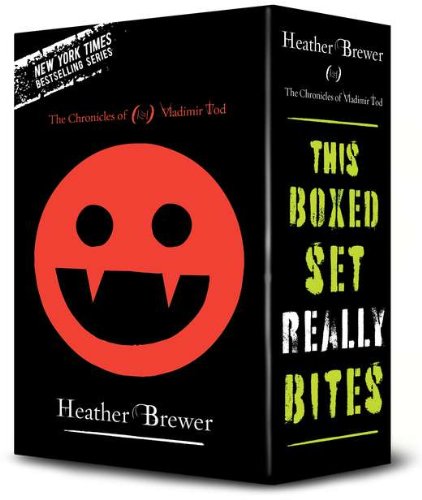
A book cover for The Chronicles of Vladimir Tod Boxed Set (4 Books); Heather Brewer; Teen & Young Adult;